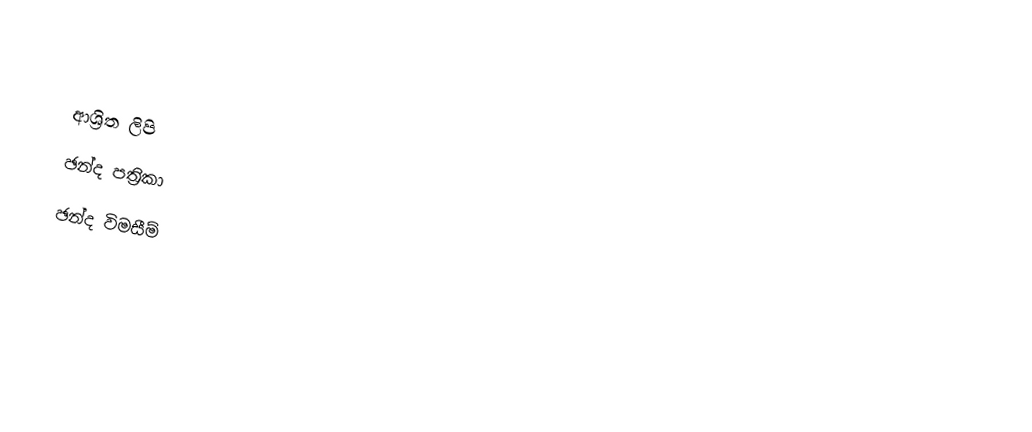

ආශ්‍රිත ලිපි
 ඡන්ද පත්‍රිකා
ඡන්ද විමසීම්